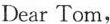
Dear Tom,